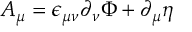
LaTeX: A _ { \mu } = \epsilon _ { \mu \nu } \partial _ { \nu } \Phi + \partial _ { \mu } \eta